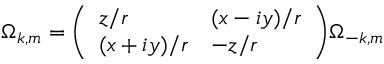
\Omega _ { k , m } = { \left( \begin{array} { l l } { z / r } & { ( x - i y ) / r } \\ { ( x + i y ) / r } & { - z / r } \end{array} \right) } \Omega _ { - k , m }